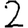
Digit: 2